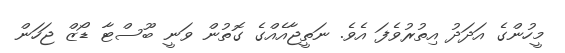
މީހުންގެ އަދަދު އިތުރުވެފަ އެވެ. ނަތީޖާއެއްގެ ގޮތުން ވަނީ ބޫސްޓާ ޑޯޒް ޖަހަން